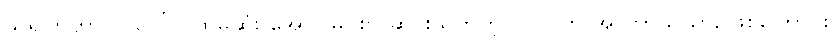
သရဲပြာဟာ လပေါ် ပထမဆုံး အောင်မြင်စွာ ဆင်းသက်တဲ့ ပုဂ္ဂလိက အာကာသယာဉ်ဖြစ်ကြောင်း